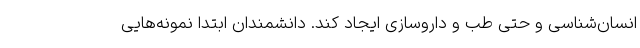
انسان‌شناسی و حتی طب و داروسازی ایجاد کند. دانشمندان ابتدا نمونه‌هایی